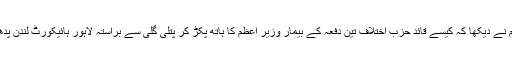
پھر عوام نے دیکھا کہ کیسے قائد حزب اختلاف تین دفعہ کے بیمار وزیر اعظم کا ہاتھ پکڑ کر پتلی گلی سے براستہ لاہور ہائیکورٹ لندن پدھار گے۔